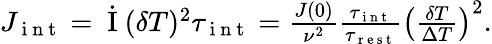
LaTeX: \begin{array}{r}{J_{\mathrm{~i~n~t~}}=\dot{\mathrm{~I~}}(\delta T)^{2}\tau_{\mathrm{~i~n~t~}}=\frac{J(0)}{\nu^{2}}\frac{\tau_{\mathrm{~i~n~t~}}}{\tau_{\mathrm{~r~e~s~t~}}}\left(\frac{\delta T}{\Delta T}\right)^{2}.}\end{array}